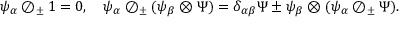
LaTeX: \psi _ { \alpha } \oslash _ { \pm } 1 = 0 , \quad \psi _ { \alpha } \oslash _ { \pm } ( \psi _ { \beta } \otimes \Psi ) = \delta _ { \alpha \beta } \Psi \pm \psi _ { \beta } \otimes ( \psi _ { \alpha } \oslash _ { \pm } \Psi ) .